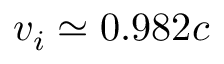
v _ { i } \simeq 0 . 9 8 2 c